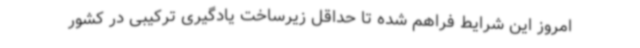
امروز این شرایط فراهم شده تا حداقل‌ زیرساخت‌ یادگیری ترکیبی در کشور